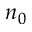
n _ { 0 }